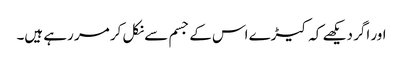
اور اگر دیکھے کہ کیڑے اس کے جسم سے نکل کر مر رہے ہیں۔